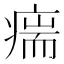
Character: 𰣵